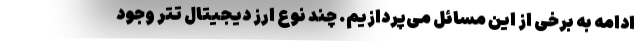
ادامه به برخی از این مسائل می‌پردازیم. چند نوع ارز دیجیتال تتر وجود